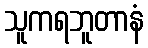
သူကရဘူတာနံ